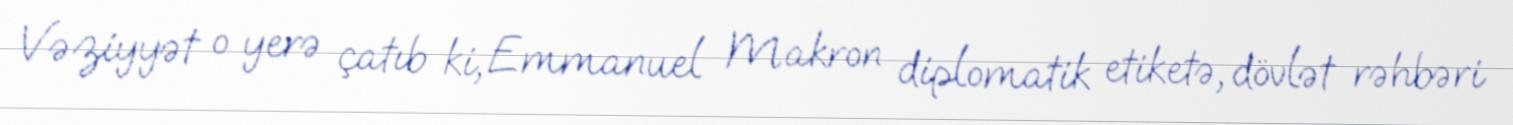
Vəziyyət o yerə çatıb ki, Emmanuel Makron diplomatik etiketə, dövlət rəhbəri